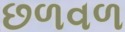
છળવળ